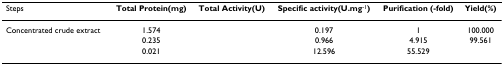
<table><thead><tr><td><b>Steps</b></td><td><b>Total Protein(mg)</b></td><td><b>Total Activity(U)</b></td><td><b>Specific activity(U.mg<sup>-1</sup>)</b></td><td><b>Purification (-fold)</b></td><td><b>Yield(%)</b></td></tr></thead><tbody><tr><td>Concentrated crude extract</td><td>1.574</td><td>[EMPTY_CELL]</td><td>0.197</td><td>1</td><td>100.000</td></tr><tr><td>[EMPTY_CELL]</td><td>0.235</td><td>[EMPTY_CELL]</td><td>0.966</td><td>4.915</td><td>99.561</td></tr><tr><td>[EMPTY_CELL]</td><td>0.021</td><td>[EMPTY_CELL]</td><td>12.596</td><td>55.529</td><td>[EMPTY_CELL]</td></tr></tbody></table>